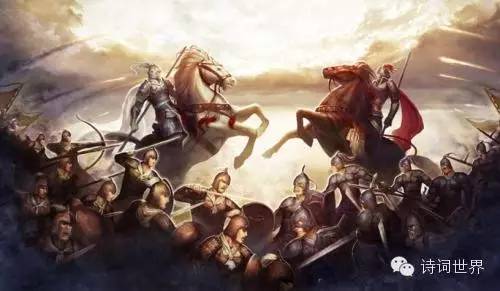
妇人依倚子与夫，同居贫贱心亦舒。